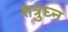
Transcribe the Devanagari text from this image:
शत्रुघ्‍न